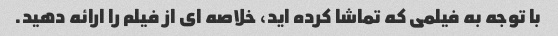
با توجه به فیلمی که تماشا کرده اید، خلاصه ای از فیلم را ارائه دهید.